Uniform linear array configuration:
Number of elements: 48
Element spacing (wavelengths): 0.75
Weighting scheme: kaiser
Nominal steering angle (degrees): -45
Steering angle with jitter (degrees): -45.668
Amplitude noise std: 0.05
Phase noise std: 0.05

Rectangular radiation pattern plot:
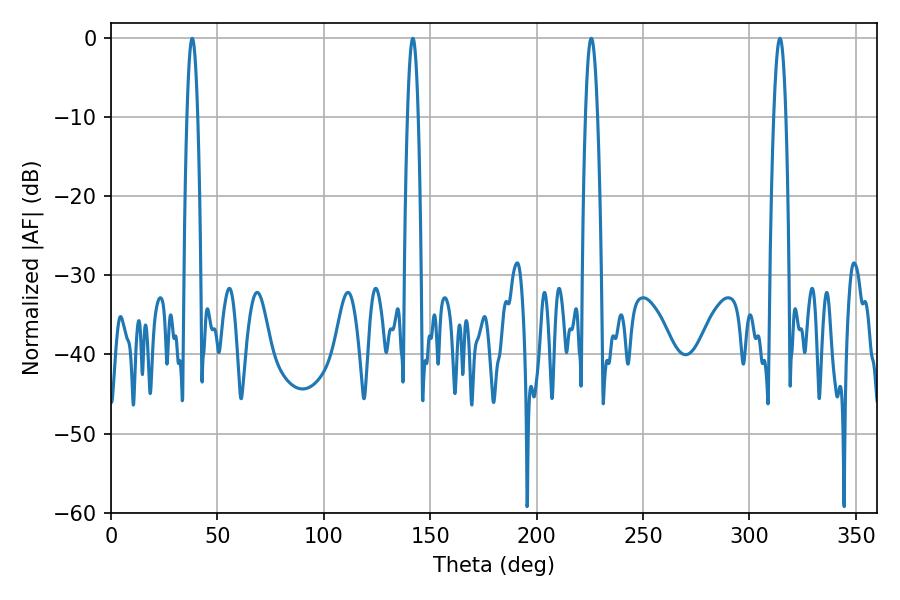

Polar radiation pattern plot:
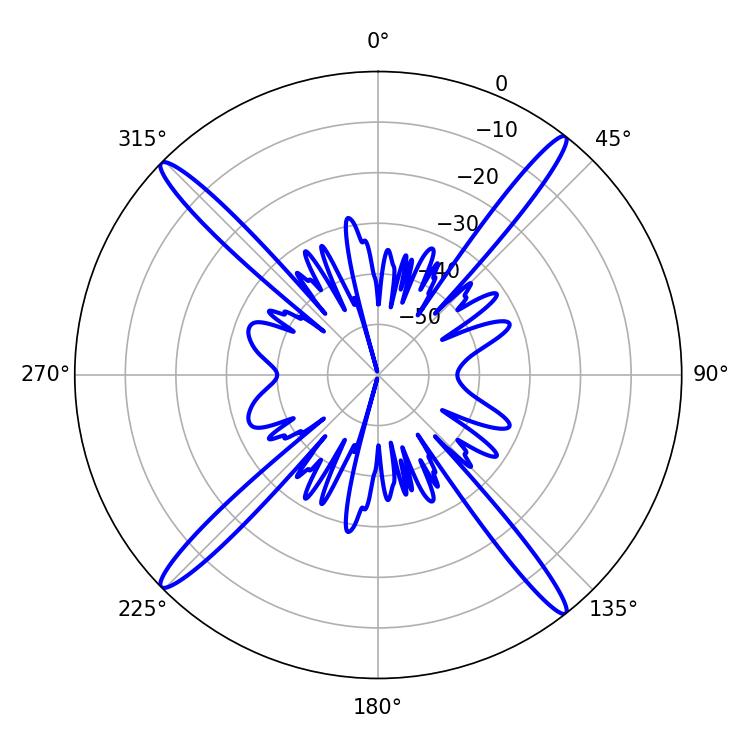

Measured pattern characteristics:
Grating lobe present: TRUE
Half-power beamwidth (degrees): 2.7
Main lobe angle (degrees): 38.16